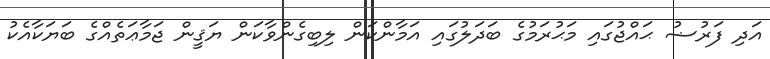
އަދި ފަރުޟު ޙައްޖުގައި މަޙުރަމުގެ ބަދަލުގައި އަމާންކަން ލިބިގެންވާކަން ޔަޤީން ޖަމާޢަތެއްގެ ބަޔަކާއެކު